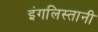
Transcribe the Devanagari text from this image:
इंगलिस्तानी